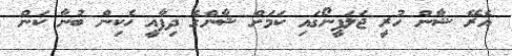
އެރޭ ޝާން ހުރީ ޖަލަޕީނޯގައި ކަމަށް ޝާންގެ ދިފާއީ ހެކިން ބުނާ ކަން